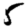
Digit: 5